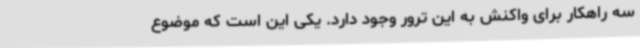
سه راهکار برای واکنش به این ترور وجود دارد. یکی این‌ است که موضوع